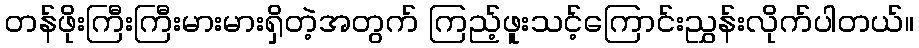
တန်ဖိုးကြီးကြီးမားမားရှိတဲ့အတွက် ကြည့်ဖူးသင့်ကြောင်းညွှန်းလိုက်ပါတယ်။